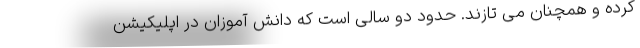
کرده و همچنان می تازند. حدود دو سالی است که دانش آموزان در اپلیکیشن